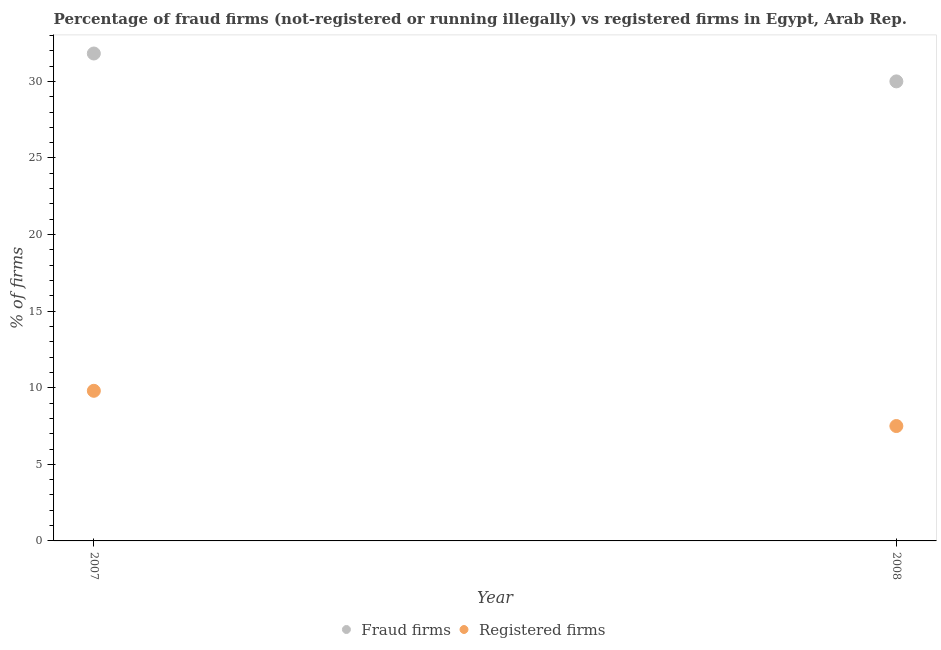
| Year | Fraud firms | Registered firms |
 | --- | --- | --- |
 | 2007 | 31.8 | 9.8 |
 | 2008 | 30 | 7.5 |